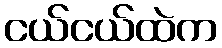
ငယ်ငယ်ထဲက